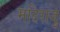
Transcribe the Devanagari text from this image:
मदिराजु